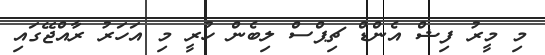
މި މީރު ފިޝް އެންޑް ޗިޕްސް ލިބެން ހުރީ މި އަހަރު ރާއްޖޭގައި